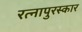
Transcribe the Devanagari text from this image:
रत्नापुरस्कार